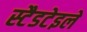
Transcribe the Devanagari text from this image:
स्टैडटेइले